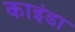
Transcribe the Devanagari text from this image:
काइंडा